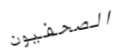
الصحفيون